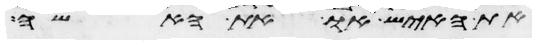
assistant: את האיש או את האשה